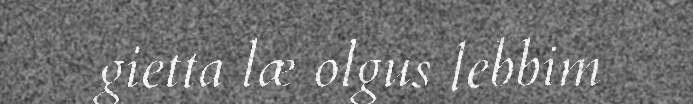
gietta læ olgus lebbim